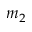
m _ { 2 }